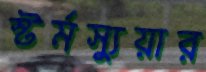
স্টর্মস্যুয়ার